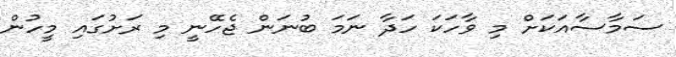
ސަމާސާއަކަށް މި ވާހަކަ ހަދާ ނަމަ ބުނަން ޖެހޭނީ މި ރަށުގައި މީހުން